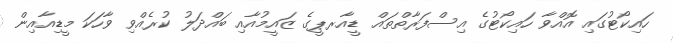
ހައިކޯޓުގައި އޮއްވާ ހައިކޯޓުގެ އިސްފަރާތްތައް ޑީއާރޕީގެ ޒައީމުއާއި ބައްދަލު ކުރެއްވި ވާހަކަ މީޑިއާއިން